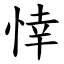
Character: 悻